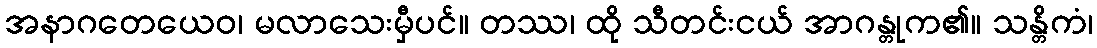
အနာဂတေယေဝ၊ မလာသေးမှီပင်။ တဿ၊ ထို သီတင်းငယ် အာဂန္တုက၏။ သန္တိကံ၊